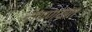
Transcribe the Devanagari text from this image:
टांगण्यात